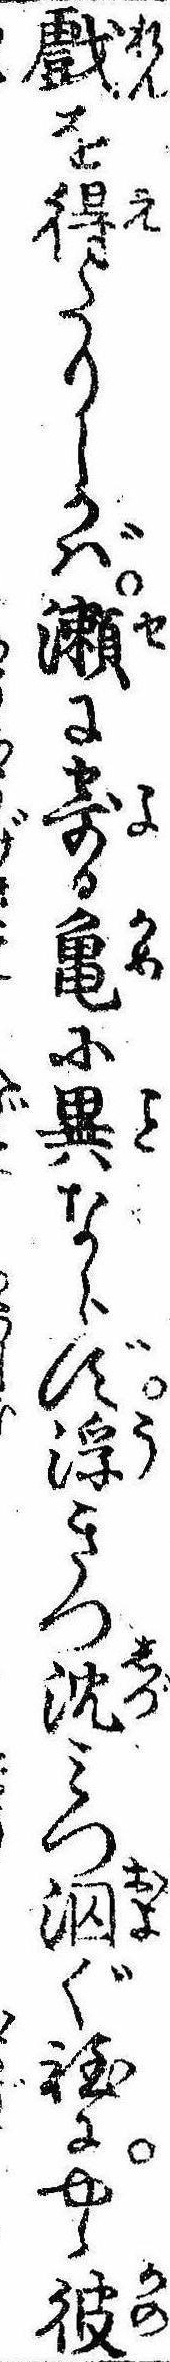
戯を得たりしかば瀬に寄る亀に異ならず浮きつ沈みつ泅ぐ程にやゝ彼